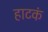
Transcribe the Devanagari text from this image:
हाटकं